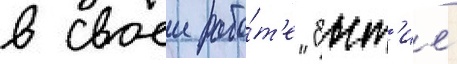
в своеи рабо́т'е "быт'ие́